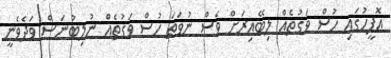
އޮފީހުގައި ހުސް ވަގުތެއް ލިބޭއިރަށް ވެސް ނުވަތަ ހުސް ވަގުތެއް ނުލިބުނަސް ވަދެވެނީ